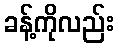
ခန့်ကိုလည်း